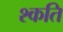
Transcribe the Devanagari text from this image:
श्कति